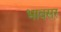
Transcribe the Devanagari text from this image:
भावसर